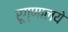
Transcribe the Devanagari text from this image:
रूग्णालये